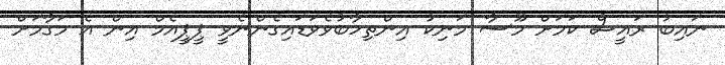
ނައިބު ރައީސް ކަމަށް މޫސާ މަނިކު އިންތިހާބުވެވަޑައިގެންނެވީ ޕީޕީއެމް އިން އެ މަގާމަށް